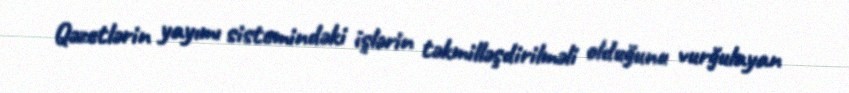
Qəzetlərin yayımı sistemindəki işlərin təkmilləşdirilməli olduğunu vurğulayan